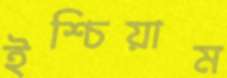
ইশ্চিয়াম